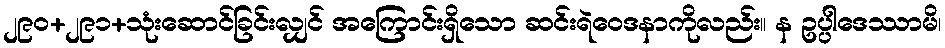
၂၉၀+၂၉၁+သုံးဆောင်ခြင်းလျှင် အကြောင်းရှိသော ဆင်းရဲဝေဒနာကိုလည်း။ န ဥပ္ပါဒေဿာမိ၊